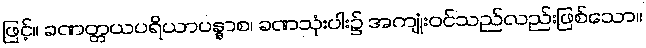
ဖြင့်။ ခဏတ္တယပရိယာပန္နာစ၊ ခဏသုံးပါး၌ အကျုံးဝင်သည်လည်းဖြစ်သော။